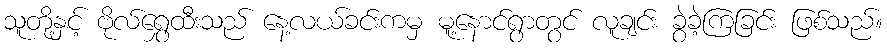
သူတို့နှင့် ဗိုလ်ရွှေထီးသည် နေ့လယ်ခင်းကမှ မူ့နောင်ရွာတွင် လူချင်း ခွဲခဲ့ကြခြင်း ဖြစ်သည်။